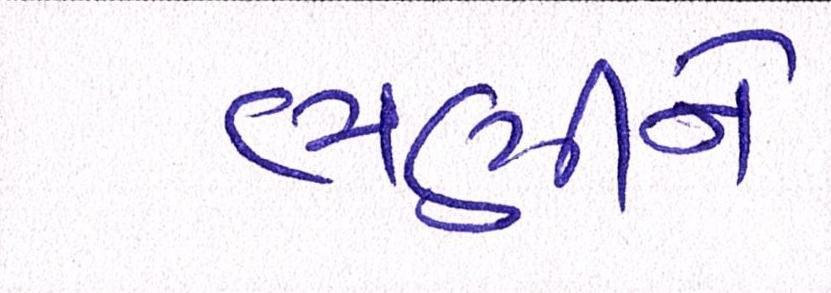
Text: ભણીને